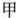
甲